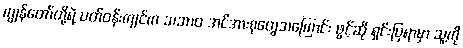
ကျွန်တော်တို့ရဲ့ ပတ်ဝန်းကျင်က သဘာဝ အင်အားစုတွေအကြောင်း ဖွင့်ဆို ရှင်းပြရာမှာ သူ့ကို